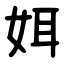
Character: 㛅